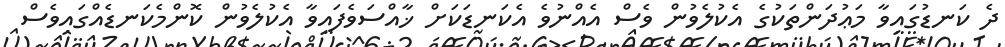
ދެ ކަނޑުގައިވާ މަޢުދަންތަކުގެ އެކުލެވުން ވެސް އެއްނުވެ އެކަނޑަކަށް ޚާއްސަވެފައިވާ އެކުލެވުން ކޮންމެކަނޑެއްގައިވެސް